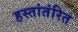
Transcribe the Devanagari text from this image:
हस्तांतंरित